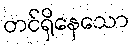
တင်ရှိနေသော